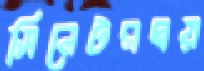
সিনেটরদ্বয়